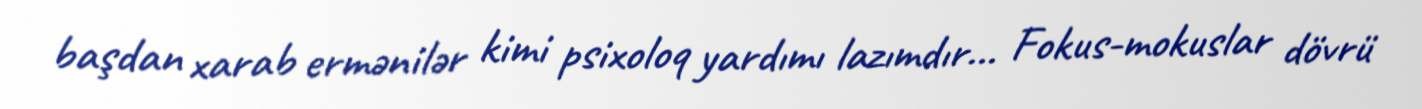
başdan xarab ermənilər kimi psixoloq yardımı lazımdır... Fokus-mokuslar dövrü